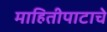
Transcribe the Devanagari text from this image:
माहितीपाटाचे